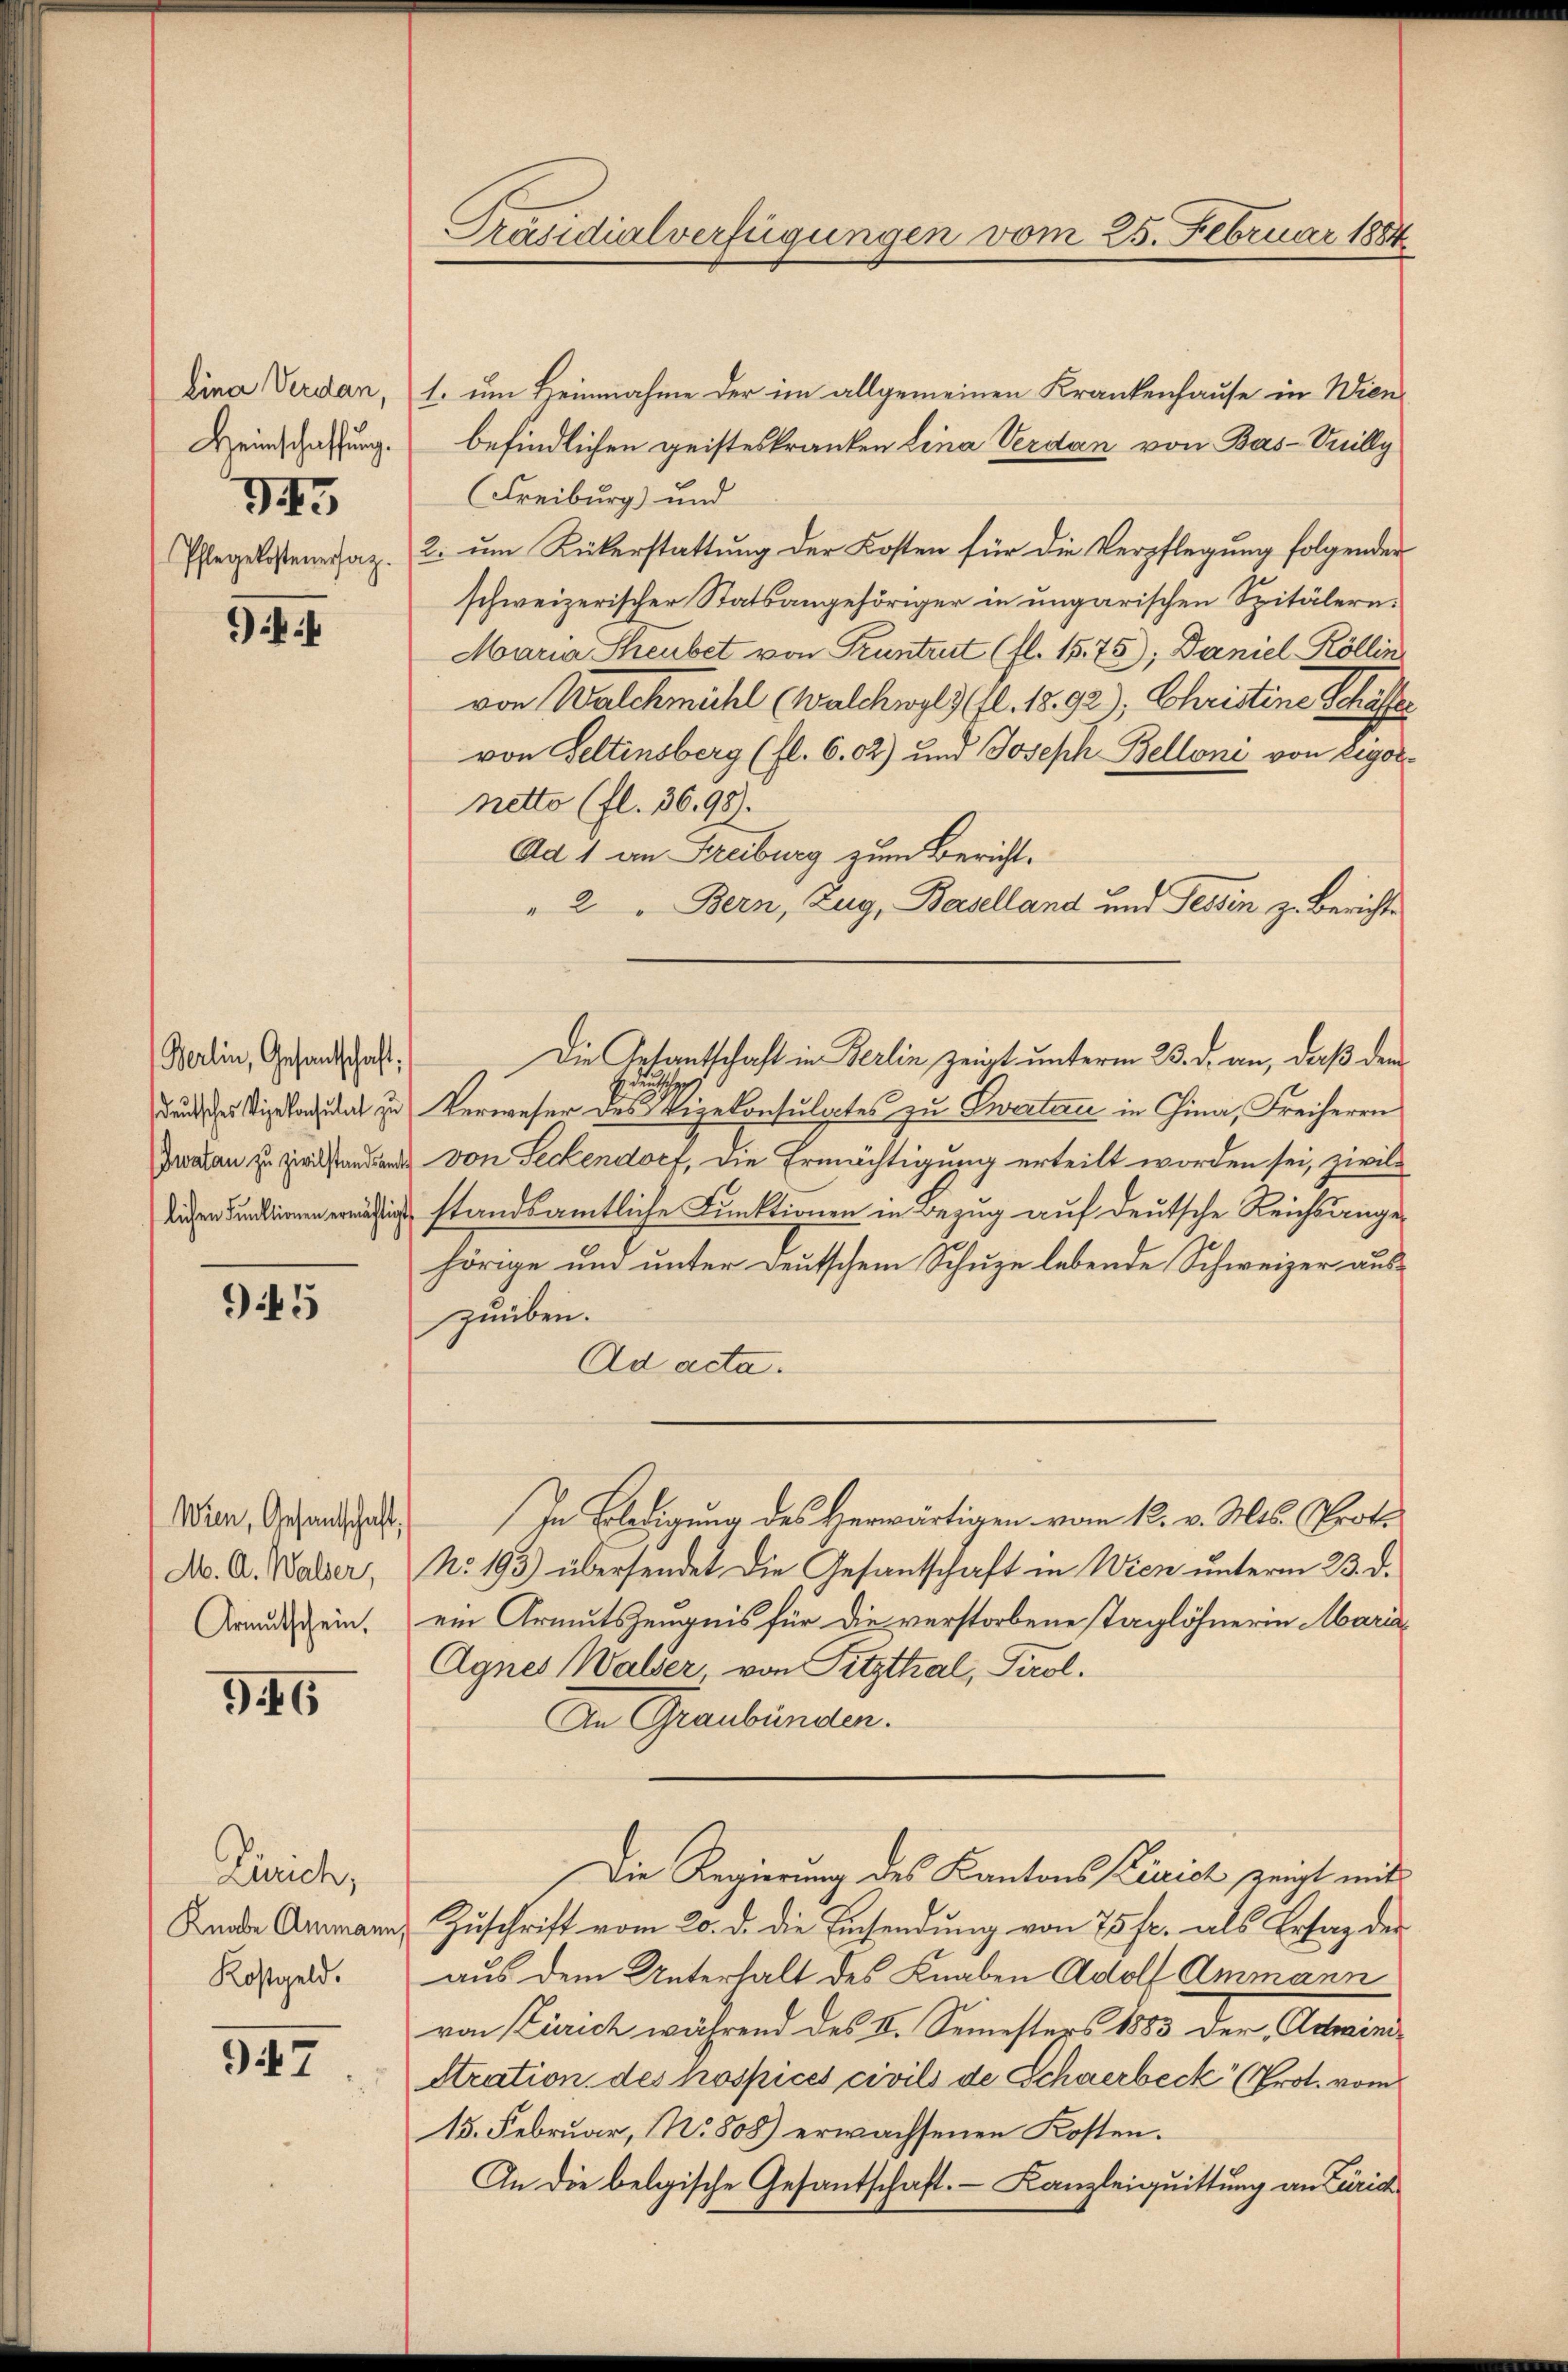
Eina Verdan,
Heinschaffung.
345
Pflegekostenersaz.

9.1

Berlin, Gesantschaft:

945

Wien, Gesandschaft,
M. A. Walder,
Armutschein,

G.16

Zürich,
Knabe Ammann
Kostgeld.

947

Präsidialverfügungen vom 25. Februar 1884

1. um Heinnahme der im allgemeinen Krankenhause in Wienbefindlichen geisteskranken Lina Verdan von Bas-Villy
(Freiburg) und
2. um Rükerstattung der Kosten für die Verpflegung folgender
schweizerischer Statsangehöriger in ungarischen Spitälern.
Maria Theubet von Truntrut (fl. 1575); Daniel Köllin
von Walchmühl (Walchwyl) Gl. 1892), Christine Schaffer
von Geltensberg (fl. 6.02) und Joseph Belloni von Rigolnetto (fl. 36,98).
Ad 1 an Freiburg zum Bericht.
2
Bern, Zug, Baselland und Tessin z. Berichte
du
Bunde Vigilandidat zu Verweser des Vizekonsulates zu Zwertern in Gina, Freiherrn
Iwalan zu zivilstanden von Seckendorf, die Ermächtigung erteilt worden sei, zivilc standsamtliche Funktionen in Bezug auf deutsche Reichsangehörige und unter deutschem Schuze lebende Schweizer auszuüben.
Ad acta.
In Bledigung des Herwärtigen vom 12. v. Mts. Prot.
No. 193) übersendet die Gesantschaft in Wien unterm 23. d.
ein Armutszeugnis für die verstorbene Taglöhnerin Maria¬
Agnes Walder, von Pitzthal, Tirol.
An Graubünden.
Die Regierung des Kantons Zürich zeigt mit
 Zuschrift vom 20. d. die Einsendung von 75 fr. als Erstag der
aus dem Unterhalt des Knaben Adolf Ammann
von Zürich während des II. Semesters 1883 der Administration des hospices civils de Schwerbeck (Prot. vom
15. Februar, No. 808) erwachsenen Kosten.
An die belgische Gesantschaft. Kanzleiquittung an Zürich

Die Gesantschaft in Berlin zeigt unterm 23. d. an, daß den